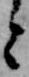
と